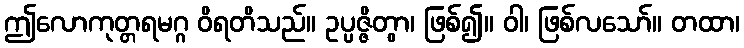
ဤလောကုတ္တရမဂ္ဂ ဝိရတိသည်။ ဥပ္ပဇ္ဇိတွာ၊ ဖြစ်၍။ ဝါ၊ ဖြစ်လသော်။ တထာ၊